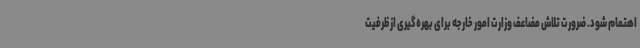
اهتمام شود. ضرورت تلاش مضاعف وزارت امور خارجه برای بهره‌گیری از ظرفیت